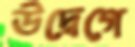
উদ্বেগে